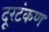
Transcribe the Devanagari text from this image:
दूरटंकण